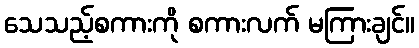
သေသည့်စကားကို စကားလက် မကြားချင်။